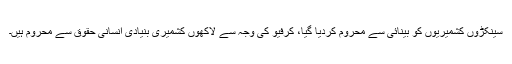
سینکڑوں کشمیریوں کو بینائی سے محروم کردیا گیا، کرفیو کی وجہ سے لاکھوں کشمیری بنیادی انسانی حقوق سے محروم ہیں۔